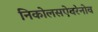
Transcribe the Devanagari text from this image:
निकोलसऐवरेनोव